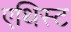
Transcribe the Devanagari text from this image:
एथिस्ट